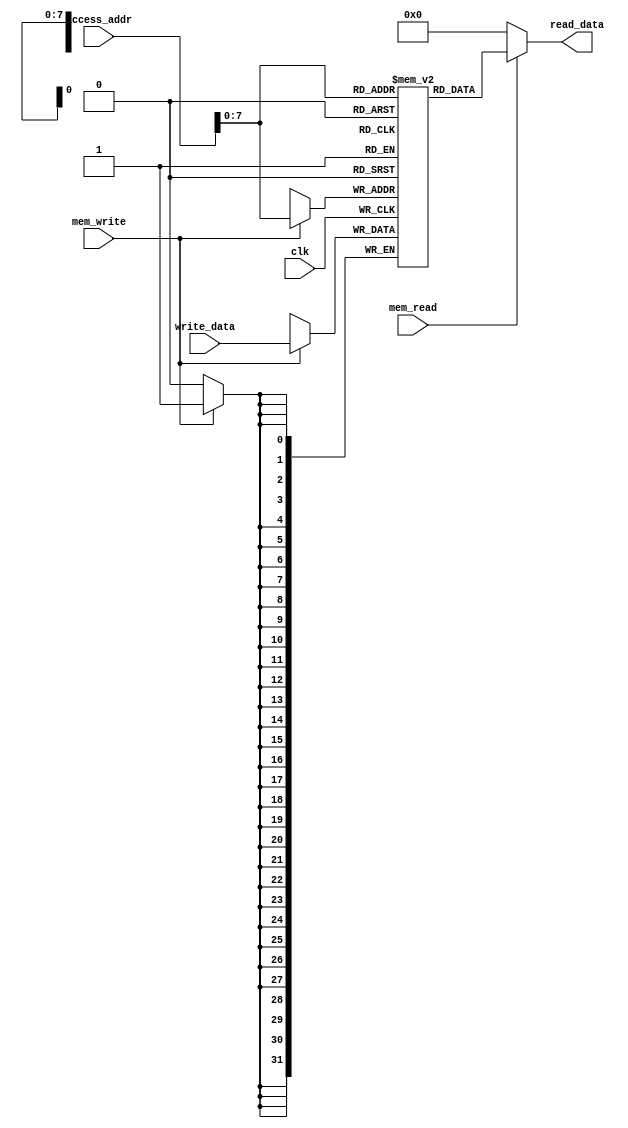
module Data_Memory(
 input clk,
 input [31:0]   access_addr,
 input [31:0]   write_data,
 input mem_write,
 input mem_read,
 output [31:0]   read_data
);

reg [31:0] memory [255:0];
 always @(posedge clk) begin
  if (mem_write)
   memory[access_addr[7:0]] <= write_data;
 end
 assign read_data = (mem_read==1'b1) ? memory[access_addr[7:0]]: 32'd0; 

endmodule